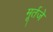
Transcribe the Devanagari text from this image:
मूर्तजे